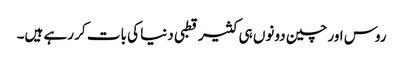
روس اور چین دونوں ہی کثیر قطبی دنیا کی بات کر رہے ہیں۔